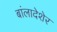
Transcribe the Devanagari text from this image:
बांलादेशेर